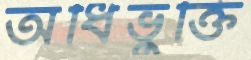
অধিভুক্তি